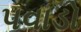
પવાડો